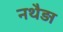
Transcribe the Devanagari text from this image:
नथैड़ा